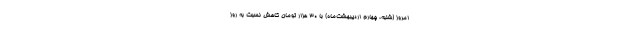
امروز (شنبه، چهارم اردیبهشت‌ماه) با ۳۰ هزار تومان کاهش نسبت به روز